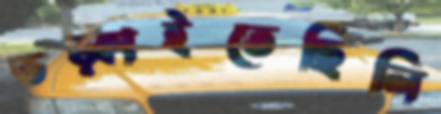
ভড়্‌কাইতেছিলি